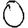
Digit: 0